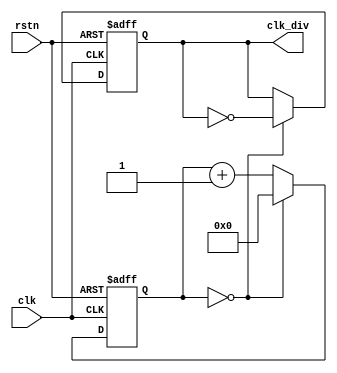
module ClockDiv
#(
    parameter INPUT_CLOCK_FLUENCY  = 100_000_000, // 100 MHz
    parameter OUTPUT_CLOCK_FLUENCY =  50_000_000  //  50 MHz
)(
    input clk,
    input rstn,

    output reg clk_div
);

localparam CLOCK_DIV_RATE = INPUT_CLOCK_FLUENCY / OUTPUT_CLOCK_FLUENCY;

reg [31:0] cnt;

always @(posedge clk, negedge rstn) begin
    if (!rstn) begin
        cnt     <= 'b0;
        clk_div <= 'b0;
    end
    else begin
        if (cnt == CLOCK_DIV_RATE / 2 - 1) begin
            cnt     <= 'b0;
            clk_div <= ~clk_div;
        end
        else begin
            cnt     <= cnt + 1'b1;
            clk_div <= clk_div;
        end
    end
end

endmodule